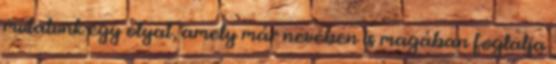
mutatunk egy olyat, amely már nevében is magában foglalja